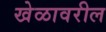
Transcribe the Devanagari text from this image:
खेळावरील